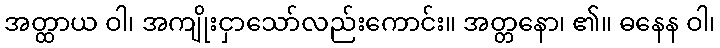
အတ္ထာယ ဝါ၊ အကျိုးငှာသော်လည်းကောင်း။ အတ္တနော၊ ၏။ ဓနေန ဝါ၊